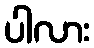
ပါလား